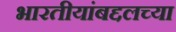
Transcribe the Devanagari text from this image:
भारतीयांबद्दलच्या